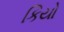
કિયો